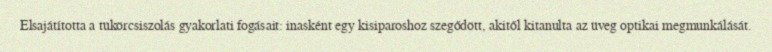
Elsajátította a tükörcsiszolás gyakorlati fogásait: inasként egy kisiparoshoz szegődött, akitől kitanulta az üveg optikai megmunkálását.